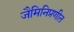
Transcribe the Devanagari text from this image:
जैमिनिप्रणीत